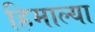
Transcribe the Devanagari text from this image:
हिमाल्या